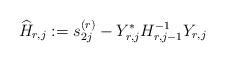
LaTeX: \begin{align*} \widehat H_{r,j} := s^{(r)}_{2j} - Y_{r,j}^* H_{r,j-1}^{-1}Y_{r,j}\end{align*}